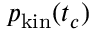
p _ { \mathrm { k i n } } ( t _ { c } )